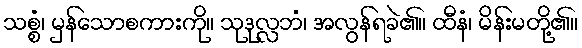
သစ္စံ၊ မှန်သောစကားကို။ သုဒုလ္လဘံ၊ အလွန်ရခဲ၏။ ထီနံ၊ မိန်းမတို့၏။